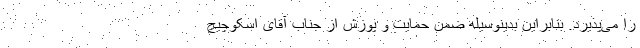
را می‌پذیرد. بنابراین بدینوسیله‌ ضمن حمایت و پوزش از جناب آقای اسکوچیچ